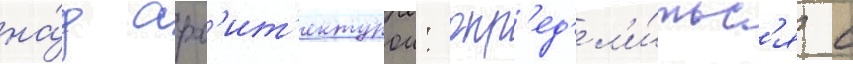
на́д арх'ит'ектурои: опр'ед'ел'и́тьс'я с